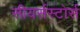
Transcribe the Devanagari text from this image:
सीयर्सस्‍टोर्स